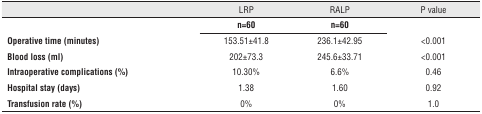
<table><thead><tr><td>[EMPTY_CELL]</td><td><b>LRP</b></td><td><b>RALP</b></td><td><b>P value</b></td></tr></thead><tbody><tr><td>[EMPTY_CELL]</td><td><b>n=60</b></td><td><b>n=60</b></td><td>[EMPTY_CELL]</td></tr><tr><td><b>Operative time (minutes)</b></td><td>153.51±41.8</td><td>236.1±42.95</td><td>&lt;0.001</td></tr><tr><td><b>Blood loss (ml)</b></td><td>202±73.3</td><td>245.6±33.71</td><td>&lt;0.001</td></tr><tr><td><b>Intraoperative complications (%)</b></td><td>10.30%</td><td>6.6%</td><td>0.46</td></tr><tr><td><b>Hospital stay (days)</b></td><td>1.38</td><td>1.60</td><td>0.92</td></tr><tr><td><b>Transfusion rate (%)</b></td><td>0%</td><td>0%</td><td>1.0</td></tr></tbody></table>